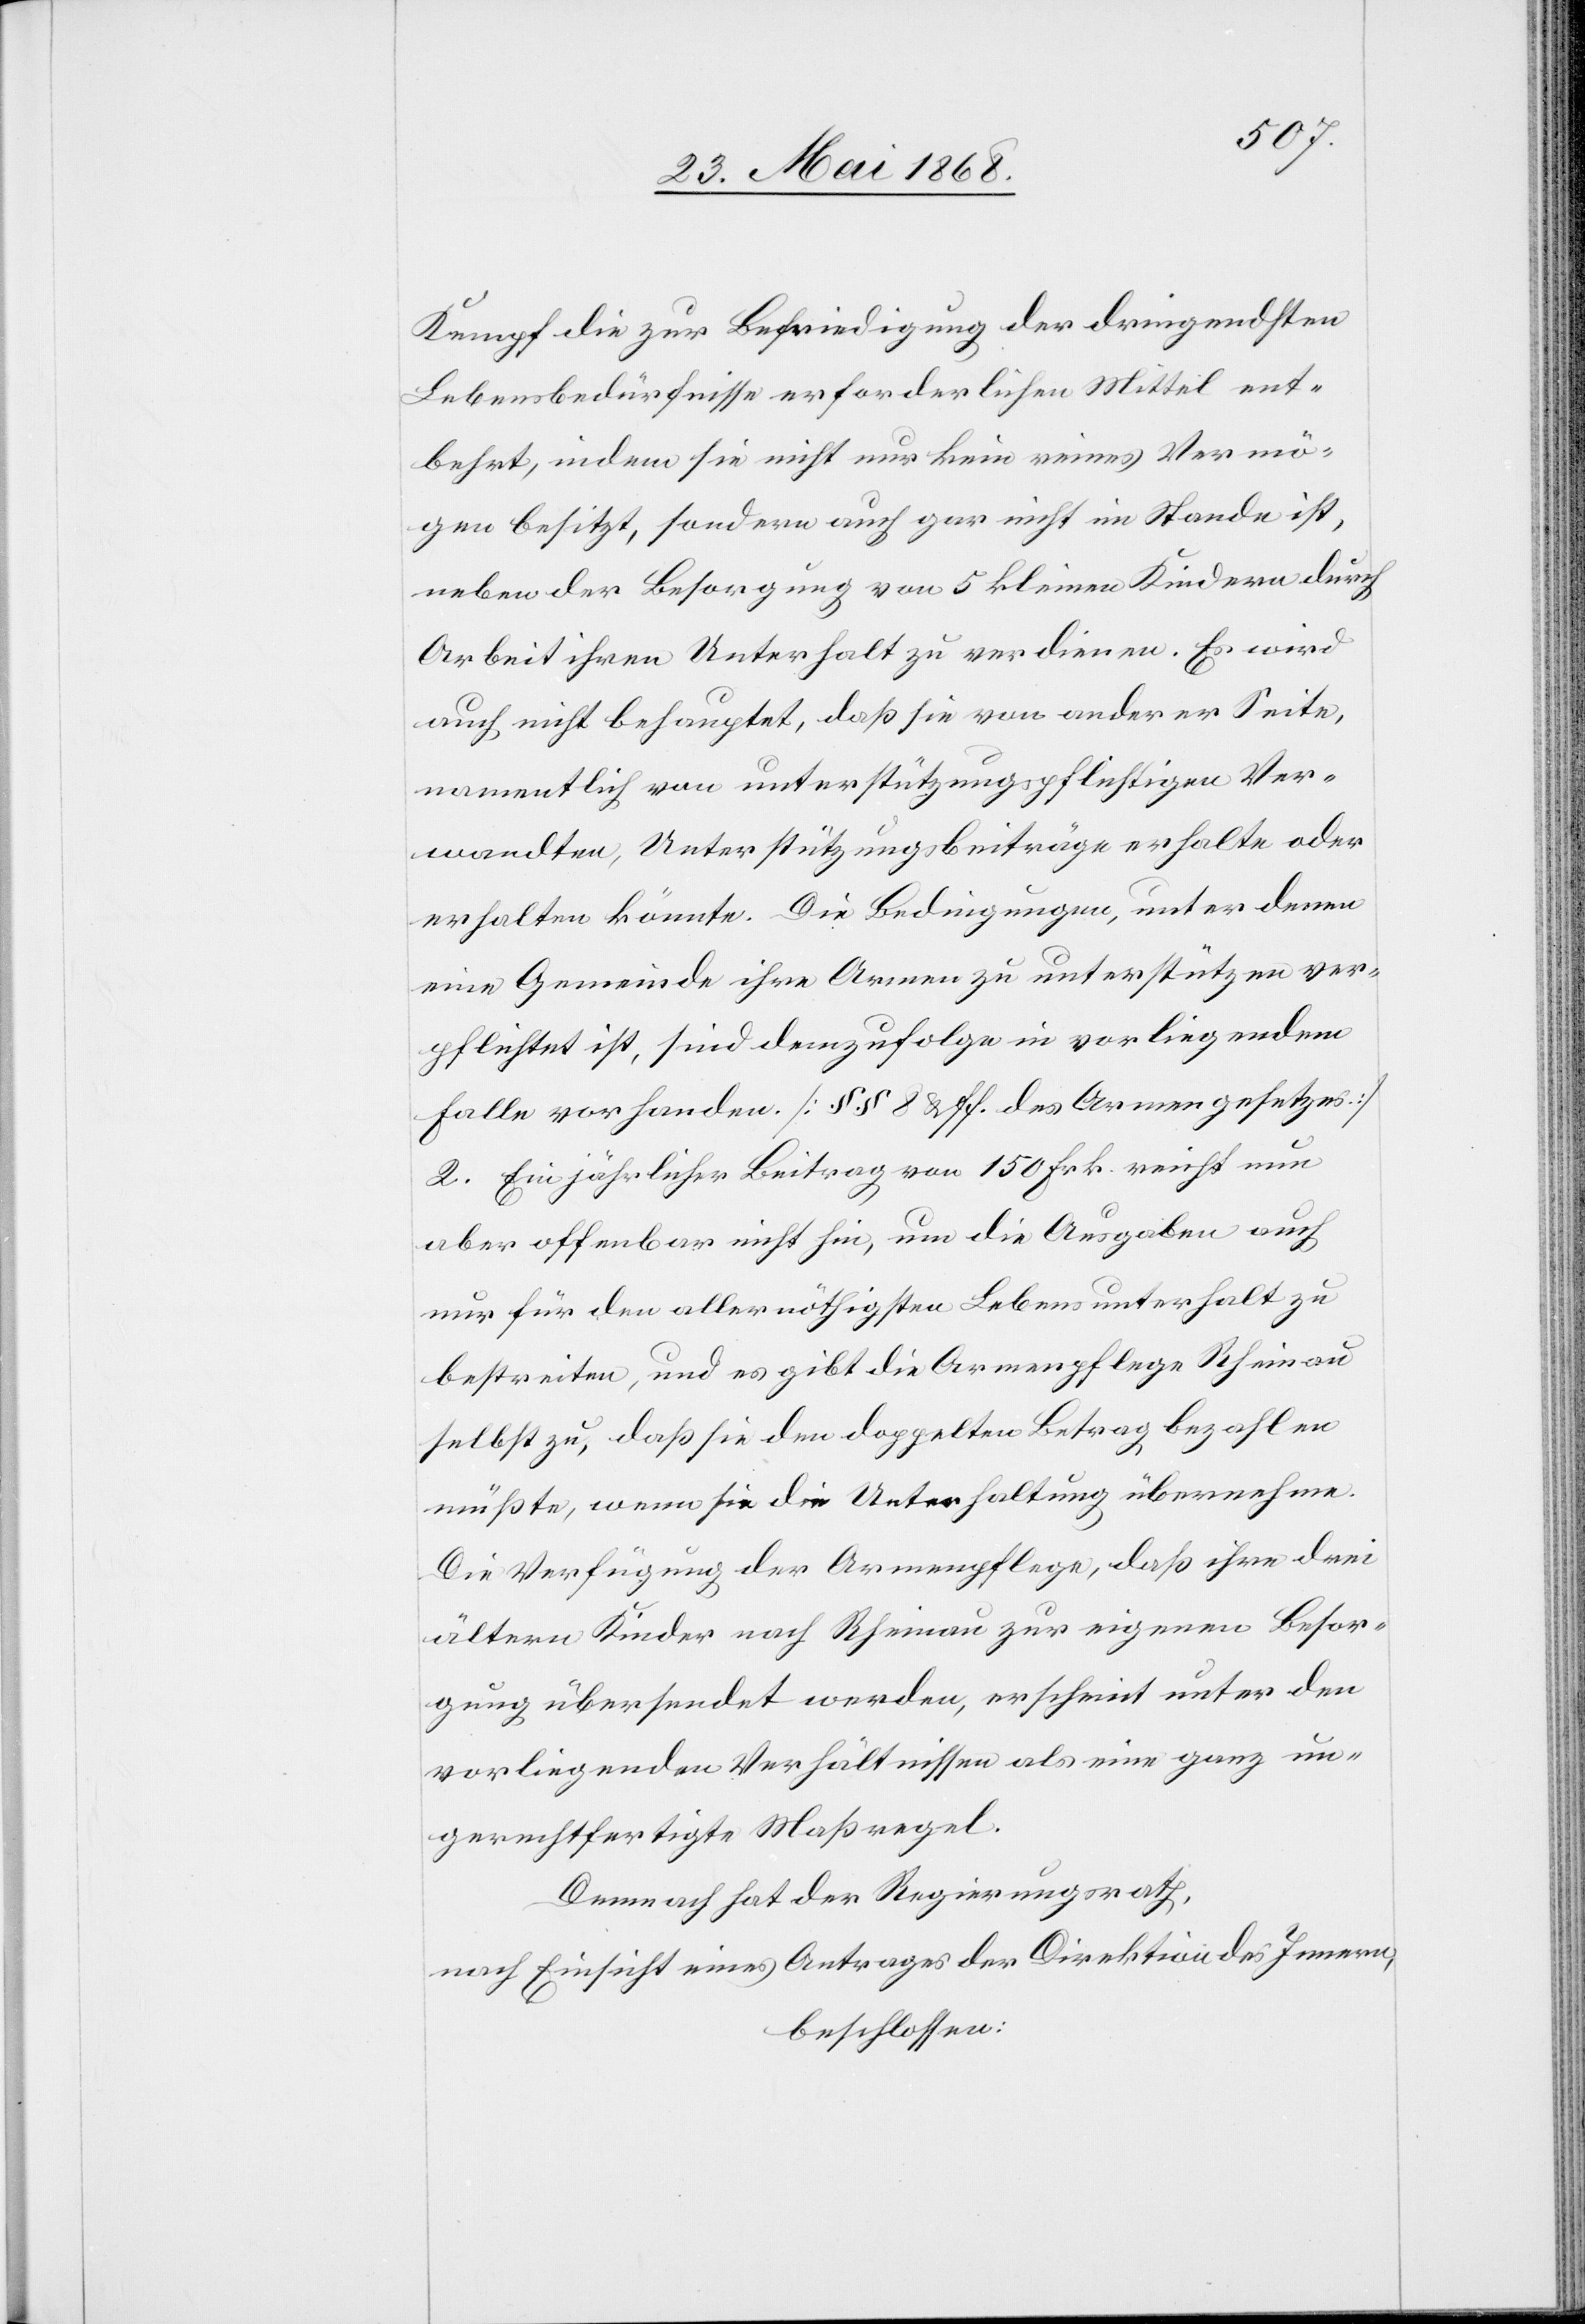
Kempf die zur Befriedigung der dringendsten
Lebensbedürfnisse erforderlichen Mittel ent¬
behrt, indem sie nicht nur kein reines Vermö¬
gen besitzt, sondern auch gar nicht im Stande ist,
neben der Besorgung von 5 kleinen Kindern durch
Arbeit ihren Unterhalt zu verdienen. Es wird
auch nicht behauptet, daß sie von anderer Seite,
namentlich von unterstützungspflichtigen Ver¬
wandten, Unterstützungsbeiträge erhalte oder
erhalten könnte. Die Bedingungen, unter denen
eine Gemeinde ihre Armen zu unterstützen ver¬
pflichtet ist, sind demzufolge in vorliegendem
Falle vorhanden. [§§ 8 & ff. des Armengesetzes]
2. Ein jährlicher Beitrag von 150 Frk. reicht nun
aber offenbar nicht hin, um die Ausgaben auch
nur für den allernöthigsten Lebensunterhalt zu
bestreiten, und es gibt die Armenpflege Rheinau
selbst zu, daß sie den doppelten Betrag bezahlen
müßte, wenn sie die Unterhaltung übernehme.
Die Verfügung der Armenpflege, daß ihre drei
ältern Kinder nach Rheinau zur eigenen Besor¬
gung übersendet werden, erscheint unter den
vorliegenden Verhältnissen als eine ganz un¬
gerechtfertigte Maßregel.
Demnach hat der Regierungsrath,
nach Einsicht eines Antrages der Direktion des Innern,
beschlossen: